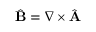
\begin{array} { r } { \hat { \bf B } = \nabla \times \hat { \bf A } } \end{array}